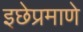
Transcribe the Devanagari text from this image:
इछेप्रमाणे